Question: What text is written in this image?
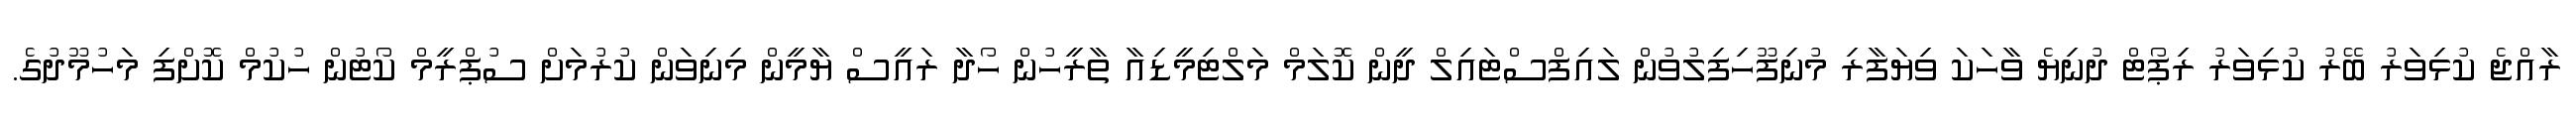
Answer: ރާއްޖެ ކުޅިވަރު ބޭރު ކުޅިވަރު ރިޕޯޓް ދުނިޔެ ވާހަކަ ވިޔަފާރި މުނިފޫހިފިލުވުން ލައިފްސްޓައިލް ދީން ކޮލަމް މަލްޓިމީޑިއާ ތާރީހުން ހޯދާ ރައީސް ޔާމީން މިނިވަން ކުރުމަށް ސުޕްރީމް ކޯޓުން ހުކުމް ކޮށްފި މަހުމޫދުގެ.